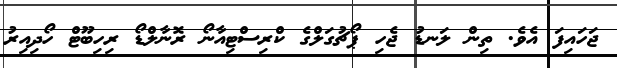
ޖަހައިފަ އެވެ. ތިން ލަނޑު ޖެހި ޕޯޗުގަލްގެ ކްރިސްޓިއާނޯ ރޮނާލްޑޯ ރިހިބޫޓް ހޯދިއިރު